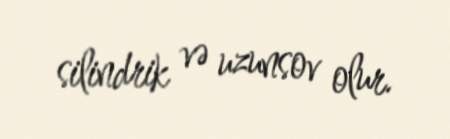
silindrik və uzunsov olur.